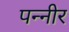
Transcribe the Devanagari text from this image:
पन्नीर